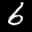
Label: 6